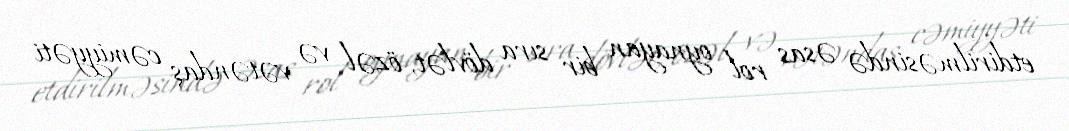
etdirilməsində əsas rol oynayan bir sıra dövlət, özəl və vətəndaş cəmiyyəti